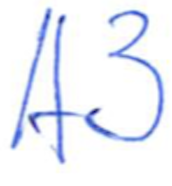
Text: A3
Cross-out: clean
Writing tool: ballpoint